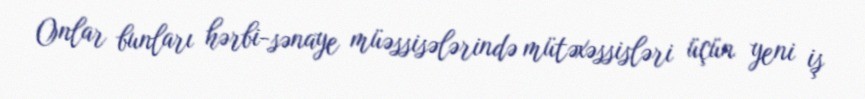
Onlar bunları hərbi-sənaye müəssisələrində mütəxəssisləri üçün yeni iş